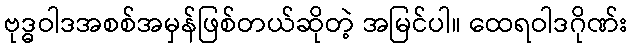
ဗုဒ္ဓဝါဒအစစ်အမှန်ဖြစ်တယ်ဆိုတဲ့ အမြင်ပါ။ ထေရဝါဒဂိုဏ်း